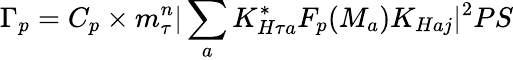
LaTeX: \Gamma_{p}=C_{p}\times m_{\tau}^{n}|\sum_{a}K_{H\tau a}^{*}F_{p}(M_{a})K_{Haj}|^{2}PS